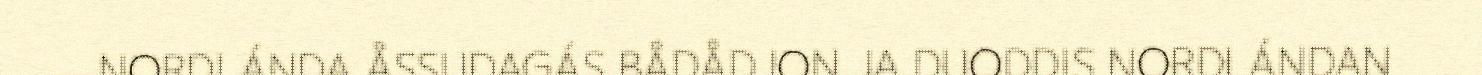
NORDLÁNDA ÅSSUDAGÁS BÅDÅDJON JA DUODDIS NORDLÁNDAN